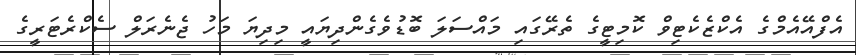
އެފްއޭއެމްގެ އެކްޒެކެޓިވް ކޮމިޓީގެ ތެރޭގައި މައްސަލަ ބޮޑުވެގެންދިޔައީ މިދިޔަ މަހު ޖެނެރަލް ސެކްރެޓަރީގެ